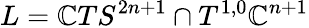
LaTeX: L=\mathbb{C}TS^{2n+1}\cap T^{1,0}\mathbb{C}^{n+1}